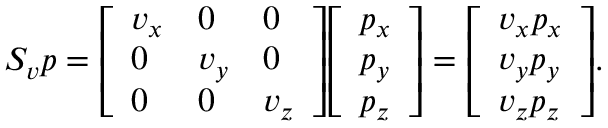
S _ { v } p = { \left[ \begin{array} { l l l } { v _ { x } } & { 0 } & { 0 } \\ { 0 } & { v _ { y } } & { 0 } \\ { 0 } & { 0 } & { v _ { z } } \end{array} \right] } { \left[ \begin{array} { l } { p _ { x } } \\ { p _ { y } } \\ { p _ { z } } \end{array} \right] } = { \left[ \begin{array} { l } { v _ { x } p _ { x } } \\ { v _ { y } p _ { y } } \\ { v _ { z } p _ { z } } \end{array} \right] } .